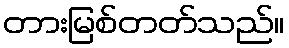
တားမြစ်တတ်သည်။